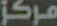
مركز